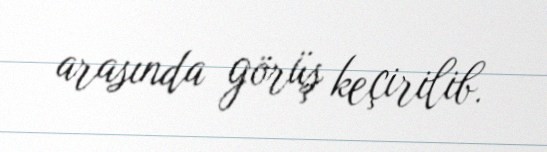
arasında görüş keçirilib.